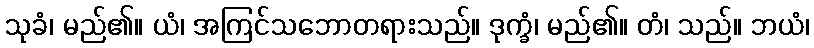
သုခံ၊ မည်၏။ ယံ၊ အကြင်သဘောတရားသည်။ ဒုက္ခံ၊ မည်၏။ တံ၊ သည်။ ဘယံ၊